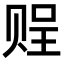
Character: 𧹓